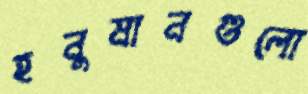
হনুমানগুলো